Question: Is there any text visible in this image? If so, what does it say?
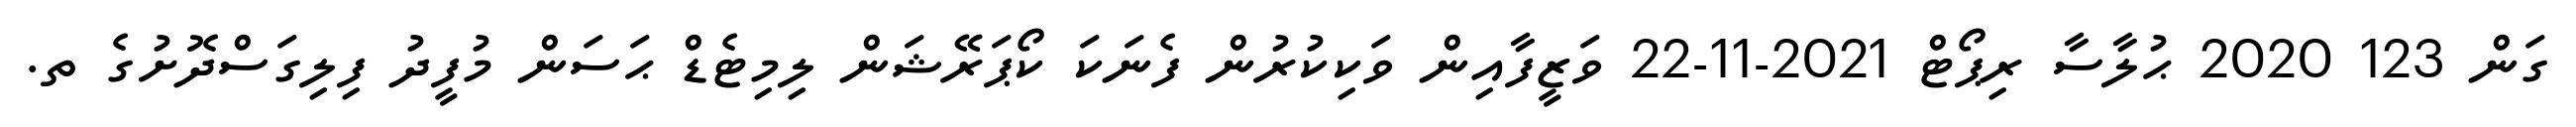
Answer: ގަން 123 2020 ޙުލާސާ ރިޕޯޓް 2021-11-22 ވަޒީފާއިން ވަކިކުރުން ފެނަކަ ކޯޕަރޭޝަން ލިމިޓެޑް ޙަސަން މުފީދު ފިލިގަސްދޮށުގެ ތ.